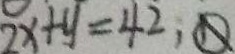
2 x + y = 4 2 , \textcircled { < }